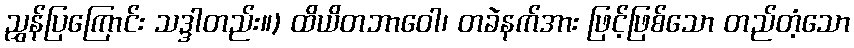
ညွှန်ပြကြောင်း သဒ္ဒါတည်း။) ထိယိတဘာဝေါ၊ တခဲနက်အား ဖြင့်ဖြစ်သော တည်တံ့သော